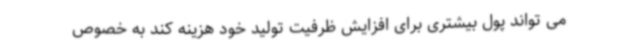
می تواند پول بیشتری برای افزایش ظرفیت تولید خود هزینه کند به خصوص